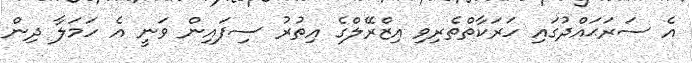
އެ ސަރަޙައްދުގައި ހަރަކާތްތެރިވި އިޒްރޭލްގެ އިތުރު ސިފައިން ވަނީ އެ ހަމަލާ ދިން